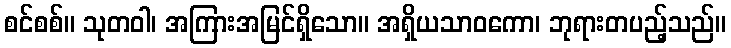
စင်စစ်။ သုတဝါ၊ အကြားအမြင်ရှိသော။ အရှိယသာဝကော၊ ဘုရားတပည့်သည်။